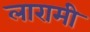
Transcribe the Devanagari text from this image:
लारामी